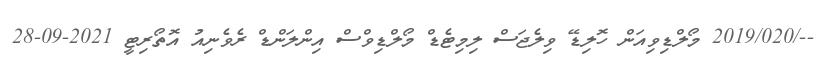
--/2019/020 މޯލްޑިވިއަން ހޮލިޑޭ ވިލެޖަސް ލިމިޓެޑް މޯލްޑިވްސް އިންލަންޑް ރެވެނިއު އޮތޯރިޓީ 2021-09-28